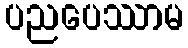
ပညပေဿာမ